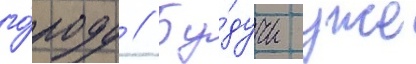
го́роду // Бу́дучи уже